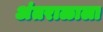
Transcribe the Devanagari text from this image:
अंतराळाला